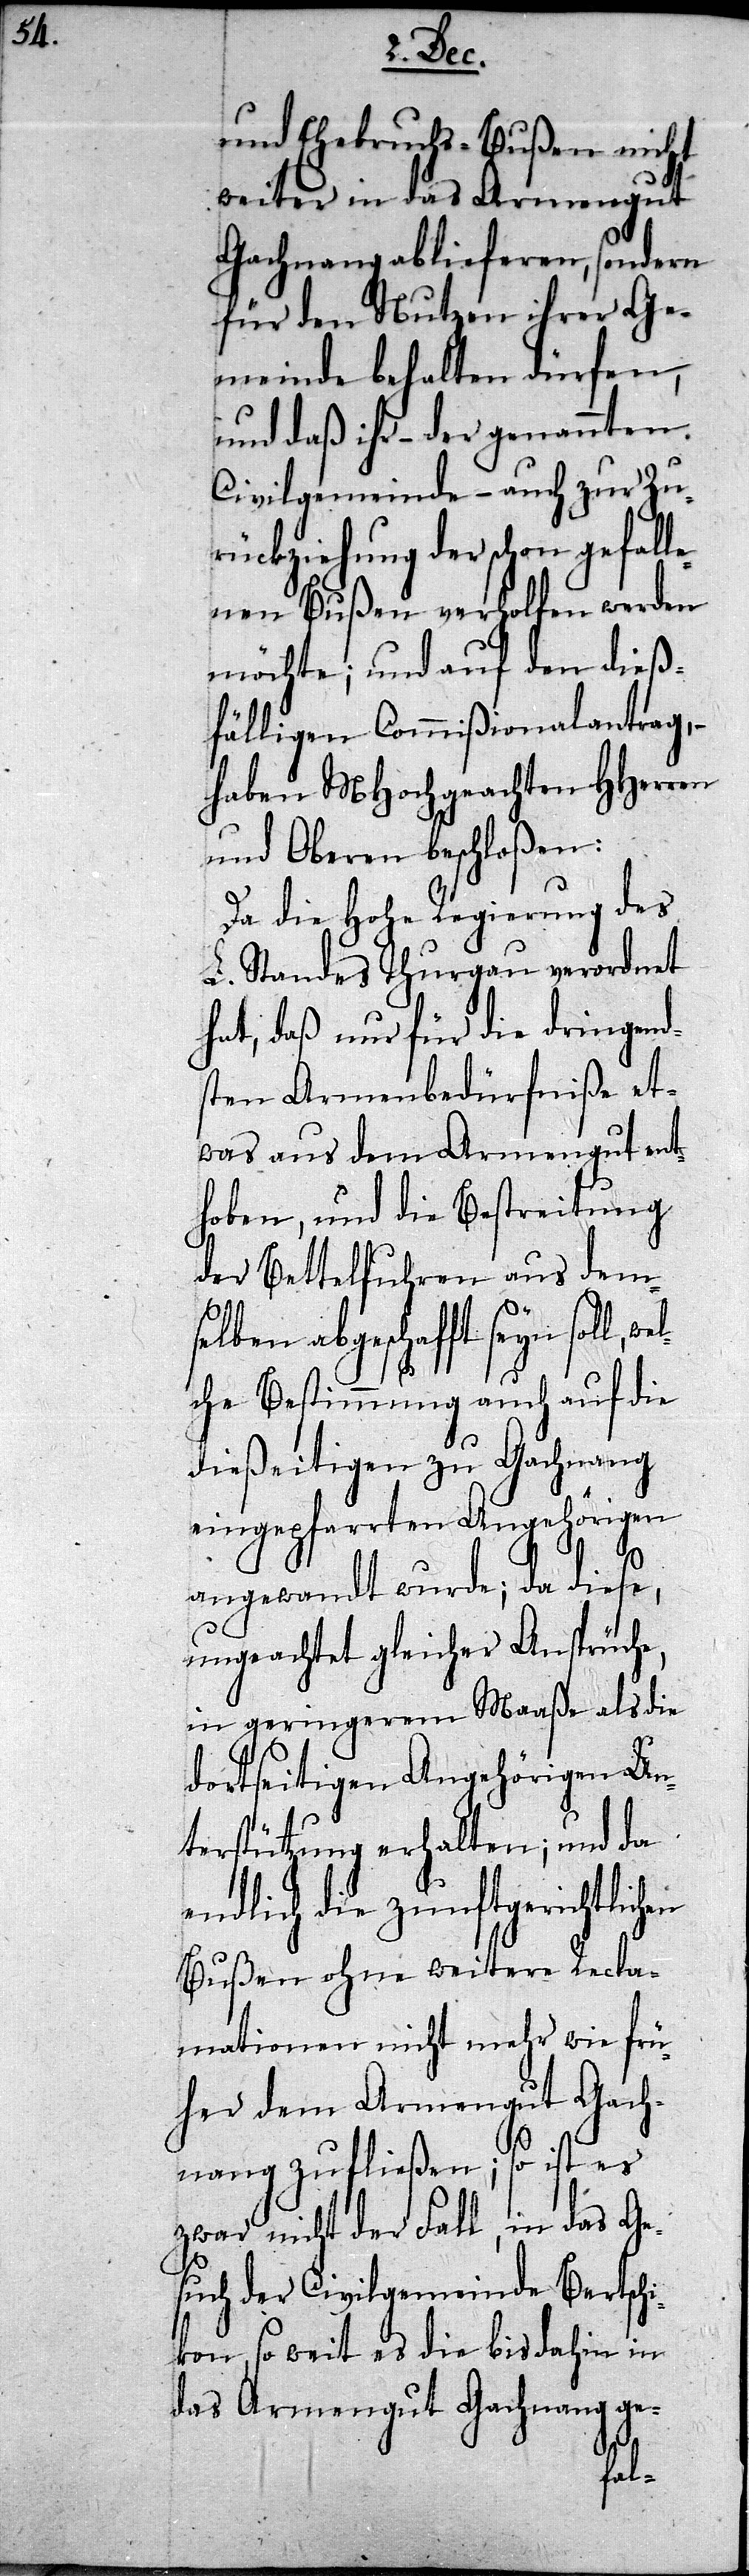
und Ehebruchs-Bußen nicht
weiter in das Armengut
Gachnang ablieferen, sondern
für den Nutzen ihrer Ge¬
meinde behalten dürfen,
und daß ihr – der genannten
Civilgemeinde – auch zur Zu¬
rückziehung der schon gefall¬
enen Bußen verholfen werden
möchte; und auf den dieß¬
fälligen Commißionalantrag,
haben MHochgeachten HHerren
und Oberen beschloßen:
Da die Hohe Regierung des
L. Standes Thurgau verordnet
hat, daß nur für die dringend¬
sten Armenbedürfniße et¬
was aus dem Armengut ent¬
hoben, und die Bestreitung
der Bettelfuhren aus dem¬
selben abgeschafft seyn
che Bestimmung auch auf die
dießeitigen zu Gachnang
eingepfarrten Angehörigen
angewandt wurde; da diese,
ungeachtet gleicher Ansprüche,
in geringerem Maaße als die
dortseitigen Angehörigen Un¬
terstützung erhalten; und da
ndlich die zunftgerichtlich¬
Bußen ohne weitere Recla¬
mationen nicht mehr wie frü¬
her dem Armengut Gach¬
nang zufließen; so ist es
zwar nicht der Fall, in das Ge¬
such der Civilgemeinde Bertschi¬
kon, so weit es die bis dahin in
das Armengut Gachnang ge-
en
wel¬